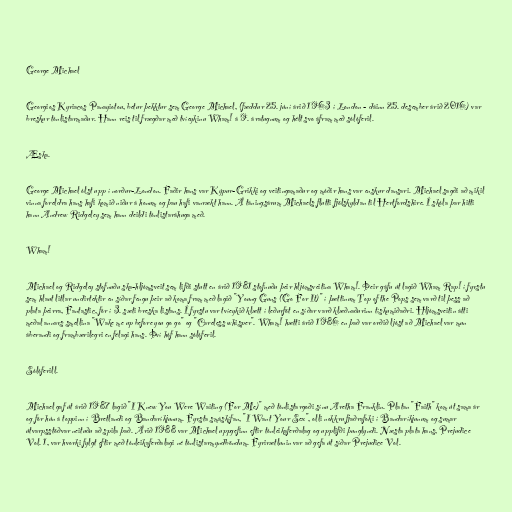
George Michael

Georgios Kyriacos Panayiotou, betur þekktur sem George Michael, (fæddur 25. júní árið 1963 í London - dáinn 25. desember árið 2016) var
breskur tónlistarmaður. Hann reis til frægðar með tvíeykinu Wham! á 9. áratugnum og hélt svo áfram með sólóferil.

Æska.

George Michael ólst upp í norður-London. Faðir hans var Kýpur-Grikki og veitingamaður og móðir hans var enskur dansari. Michael sagði að mikil
vinna foreldra hans hafi komið niður á honum og þau hafi vanrækt hann. Á táningsárum Michaels flutti fjölskyldan til Hertfordshire. Í skóla þar hitti
hann Andrew Ridgeley sem hann deildi tónlistaráhuga með.

Wham!

Michael og Ridgeley stofnuðu ska-hljómsveit sem lifði stutt en árið 1981 stofnuðu þeir hljómsveitina Wham!. Þeir gáfu út lagið Wham Rap! í fyrstu
sem hlaut litlar undirtektir en síðar fengu þeir að koma fram með lagið "Young Guns (Go For It)" í þættinum Top of the Pops sem varð til þess að
plata þeirra, Fantastic, fór í 3. sæti breska listans. Í fyrstu var tvíeykið klætt í leðurföt en síðar varð klæðnaðurinn tískumiðaðri. Hljómsveitin átti
meðal annars smellina "Wake me up before you go go" og "Careless whisper". Wham! hætti árið 1986 en það var orðið ljóst að Michael var mun
áberandi og frambærilegri en félagi hans. Því hóf hann sólóferil.

Sólóferill.

Michael gaf út árið 1987 lagið "I Knew You Were Waiting (For Me)" með tónlistargoði sínu Aretha Franklin. Platan "Faith" kom út sama ár
og fór hún á toppinn í Bretlandi og Bandaríkjunum. Fyrsta smáskífan, "I Want Your Sex", olli nokkru fjaðrafoki í Bandaríkjunum og sumar
útvarpsstöðvar neituðu að spila það. Árið 1988 var Michael uppgefinn eftir tónleikaferðalag og upplifði þunglyndi. Næsta plata hans, Prejudice
Vol. 1, var hvorki fylgt eftir með tónleikaferðalagi né tónlistarmyndböndum. Fyrirætlunin var að gefa út síðar Prejudice Vol.